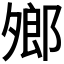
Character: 𪤼